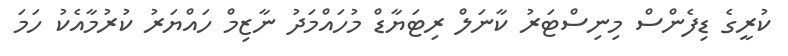
ކުރީގެ ޑިފެންސް މިނިސްޓަރު ކާނަލް ރިޓަޔާޑް މުހައްމަދު ނާޒިމް ހައްޔަރު ކުރުމާއެކު ހަމަ